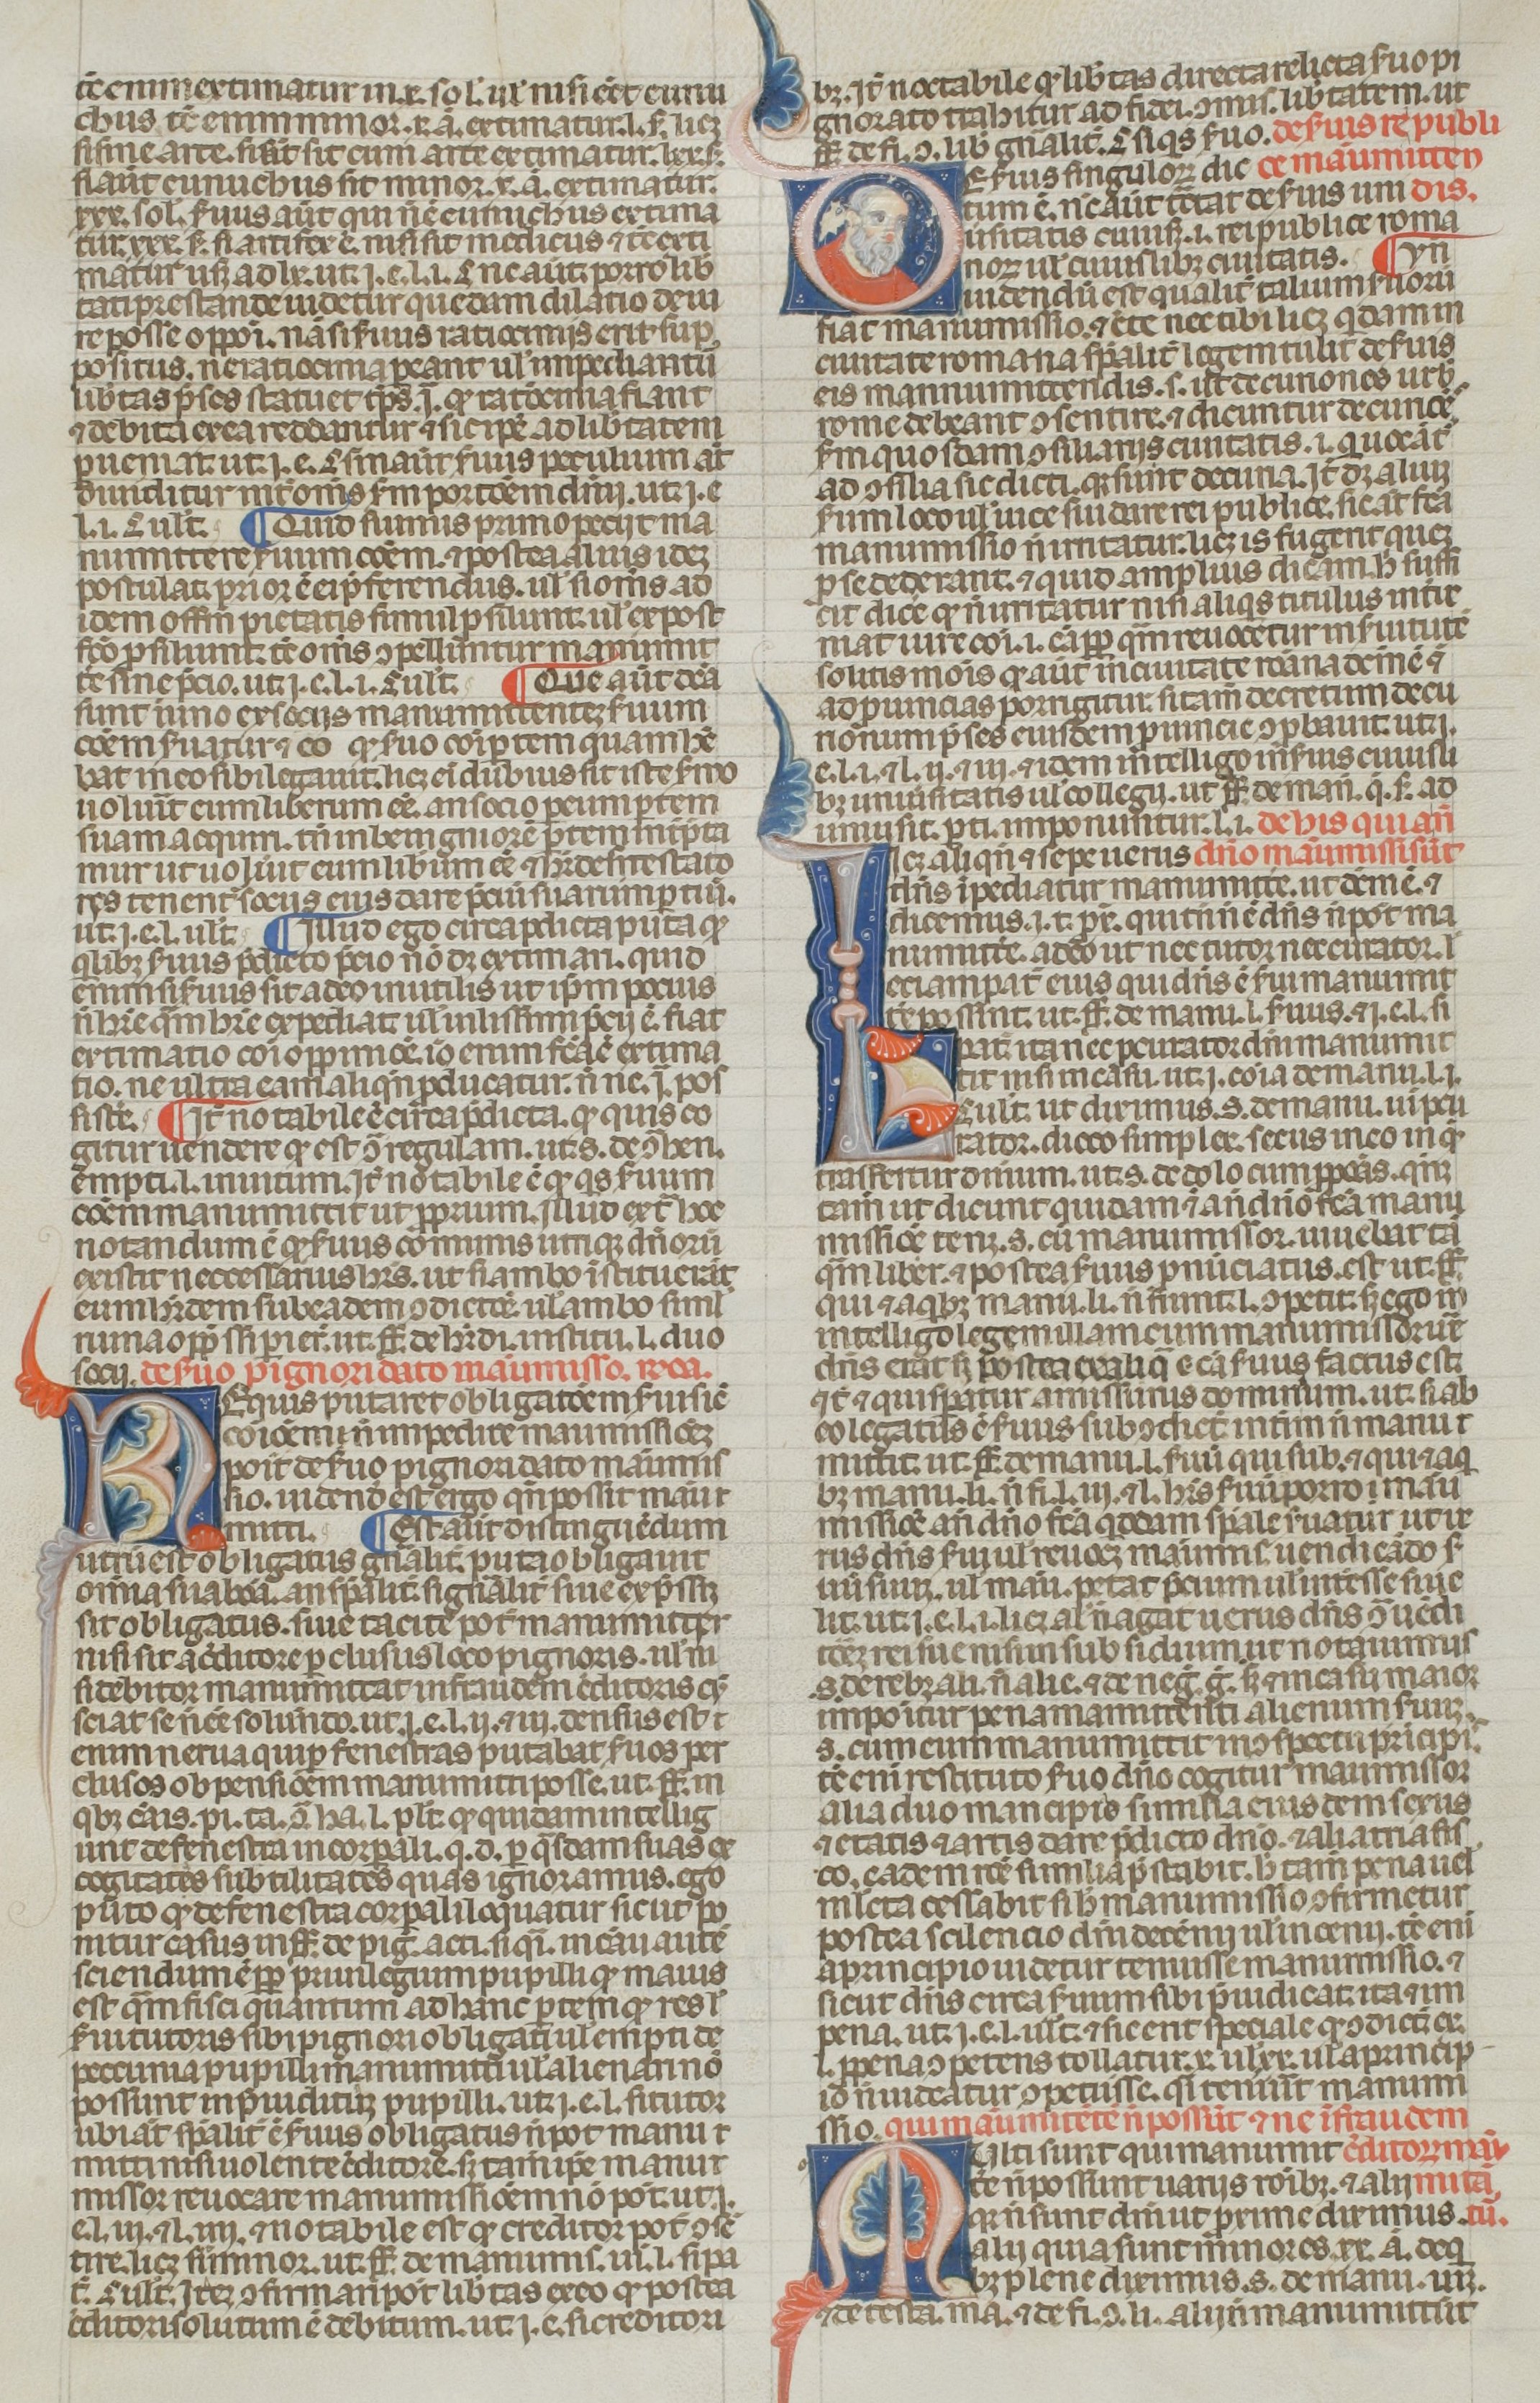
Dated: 1300–1399